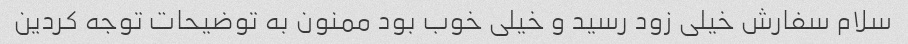
سلام سفارش خیلی زود رسید و خیلی خوب بود ممنون به توضیحات توجه کردین